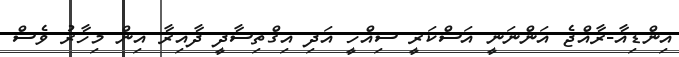
އިންޑިއާ-ރާއްޖެ އަންނަނީ އަސްކަރީ ސިއްހީ އަދި އިގްތިސާދީ ދާއިރާ އިން މިހާރު ވެސް